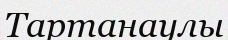
Тартанаулы